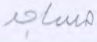
مساجد